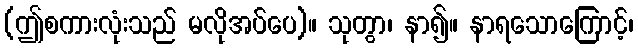
(ဤစကားလုံးသည် မလိုအပ်ပေ)။ သုတွာ၊ နာ၍။ နာရသောကြောင့်၊